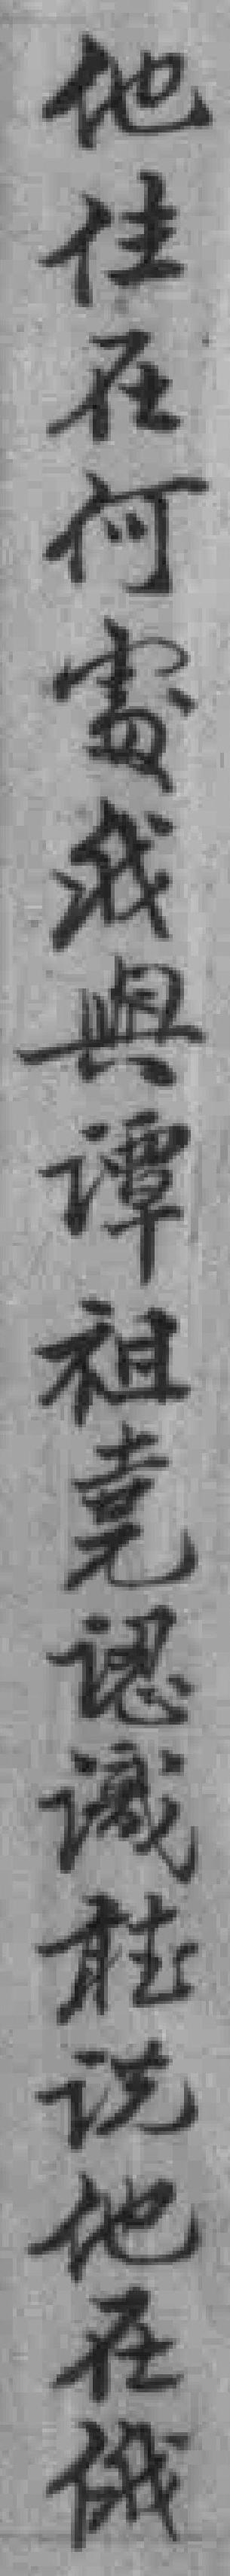
他住在何處我與谭祖堯認識*说他在俄